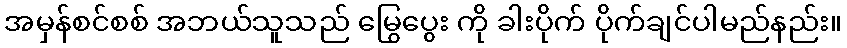
အမှန်စင်စစ် အဘယ်သူသည် မြွေပွေး ကို ခါးပိုက် ပိုက်ချင်ပါမည်နည်း။